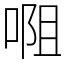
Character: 唨